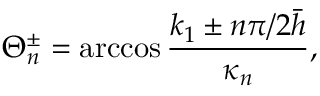
\Theta _ { n } ^ { \pm } = \operatorname { a r c c o s } \frac { k _ { 1 } \pm n \pi / 2 \bar { h } } { \kappa _ { n } } ,